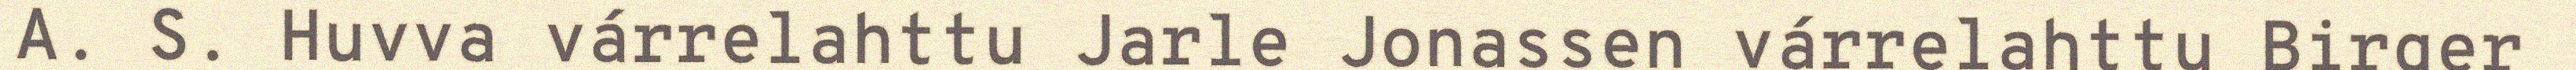
A. S. Huvva várrelahttu Jarle Jonassen várrelahttu Birger